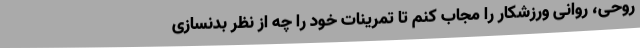
روحی، روانی ورزشکار را مجاب کنم تا تمرینات خود را چه از نظر بدنسازی